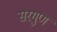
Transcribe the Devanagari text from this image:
सरगुण